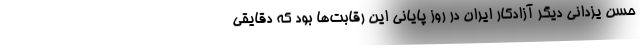
حسن یزدانی دیگر آزادکار ایران در روز پایانی این رقابت‌ها بود که دقایقی